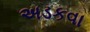
અડકવા